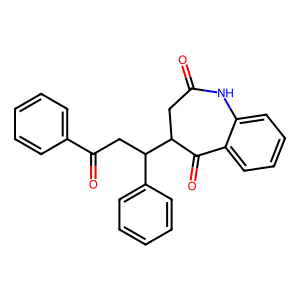
SMILES: O=C1CC(C(CC(=O)c2ccccc2)c2ccccc2)C(=O)c2ccccc2N1
Inhibits HIV replication: No